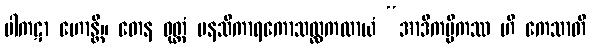
ပါကဋာ ဟောန္တိ။ တေန ဝုတ္တံ မနသိကာရကောသလ္လကထာယံ “အာဒိကမ္မိကဿ ဟိ ကေသာတိ